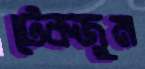
টেকজুম